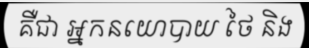
គឺជា អ្នកនយោបាយ ថៃ និង